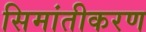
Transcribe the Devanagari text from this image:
सिमांतीकरण